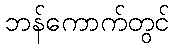
ဘန်ကောက်တွင်